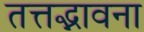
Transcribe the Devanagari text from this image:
तत्तद्भावना